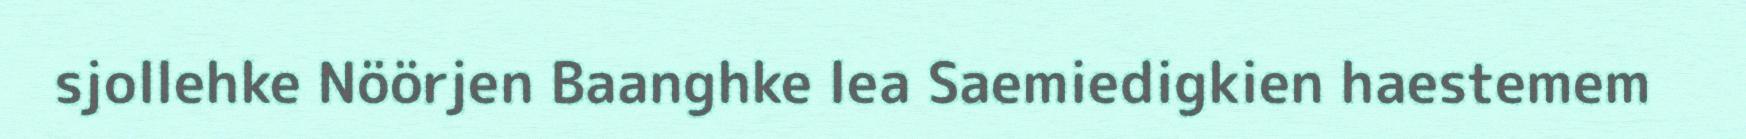
sjollehke Nöörjen Baanghke lea Saemiedigkien haestemem